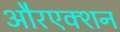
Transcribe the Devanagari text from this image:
औरएक्शन